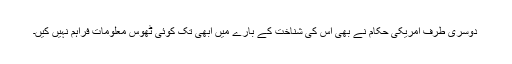
دوسری طرف امریکی حکام نے بھی اس کی شناخت کے بارے میں ابھی تک کوئی ٹھوس معلومات فراہم نہیں کیں۔